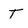
Character: t